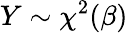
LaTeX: Y\sim\chi^{2}(\beta)